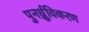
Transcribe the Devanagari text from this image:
पुनर्ध्रुविकरण